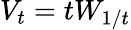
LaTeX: V_{t}=tW_{1/t}